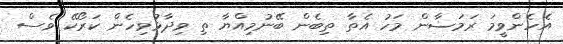
އެހެންވީމަ ރަމަޟާން މަހު އެތާ ތިބެން ބޭނުމިއްޔާ ތި ވިދާޅުވިހެން ކަރޯކޭ ވެސް